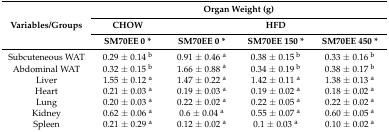
<table><thead><tr><td rowspan="3"><b>Variables/Groups</b></td><td colspan="4"><b>Organ Weight (g)</b></td></tr><tr><td><b>CHOW</b></td><td colspan="3"><b>HFD</b></td></tr><tr><td><b>SM70EE 0 *</b></td><td><b>SM70EE 0 *</b></td><td><b>SM70EE 150 *</b></td><td><b>SM70EE 450 *</b></td></tr></thead><tbody><tr><td>Subcuteneous WAT</td><td>0.29 ± 0.14 <sup>b</sup></td><td>0.91 ± 0.46 <sup>a</sup></td><td>0.38 ± 0.15 <sup>b</sup></td><td>0.33 ± 0.16 <sup>b</sup></td></tr><tr><td>Abdominal WAT</td><td>0.32 ± 0.15 <sup>b</sup></td><td>1.66 ± 0.88 <sup>a</sup></td><td>0.34 ± 0.19 <sup>b</sup></td><td>0.38 ± 0.17 <sup>b</sup></td></tr><tr><td>Liver</td><td>1.55 ± 0.12 <sup>a</sup></td><td>1.47 ± 0.22 <sup>a</sup></td><td>1.42 ± 0.11 <sup>a</sup></td><td>1.38 ± 0.13 <sup>a</sup></td></tr><tr><td>Heart</td><td>0.21 ± 0.03 <sup>a</sup></td><td>0.19 ± 0.03 <sup>a</sup></td><td>0.19 ± 0.02 <sup>a</sup></td><td>0.18 ± 0.02 <sup>a</sup></td></tr><tr><td>Lung</td><td>0.20 ± 0.03 <sup>a</sup></td><td>0.22 ± 0.02 <sup>a</sup></td><td>0.22 ± 0.05 <sup>a</sup></td><td>0.22 ± 0.02 <sup>a</sup></td></tr><tr><td>Kidney</td><td>0.62 ± 0.06 <sup>a</sup></td><td>0.6 ± 0.04 <sup>a</sup></td><td>0.55 ± 0.07 <sup>a</sup></td><td>0.60 ± 0.05 <sup>a</sup></td></tr><tr><td>Spleen</td><td>0.21 ± 0.29 <sup>a</sup></td><td>0.12 ± 0.02 <sup>a</sup></td><td>0.1 ± 0.03 <sup>a</sup></td><td>0.10 ± 0.02 <sup>a</sup></td></tr></tbody></table>